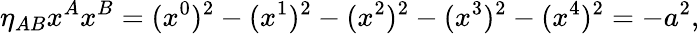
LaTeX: \eta_{AB}x^{A}x^{B}=(x^{0})^{2}-(x^{1})^{2}-(x^{2})^{2}-(x^{3})^{2}-(x^{4})^{2}=-a^{2},